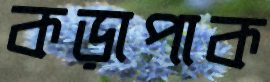
কড়াপাক